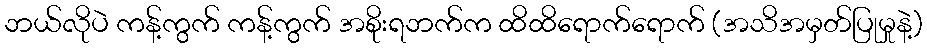
ဘယ်လိုပဲ ကန့်ကွက် ကန့်ကွက် အစိုးရဘက်က ထိထိရောက်ရောက် (အသိအမှတ်ပြုမှုနဲ့)